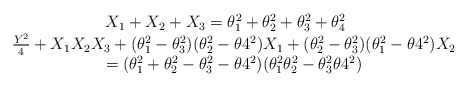
\begin{align*}\begin{matrix}X_1+X_2+X_3 = \theta_1^2+\theta_2^2+\theta_3^2+\theta_4^2\ \ \ \\\frac{Y^2}{4}+X_1X_2X_3+(\theta_1^2-\theta_3^2)(\theta_2^2-\theta4^2)X_1+(\theta_2^2-\theta_3^2)(\theta_1^2-\theta4^2)X_2\\=(\theta_1^2+\theta_2^2-\theta_3^2-\theta4^2)(\theta_1^2\theta_2^2-\theta_3^2\theta4^2)\end{matrix}\end{align*}